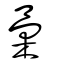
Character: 彚